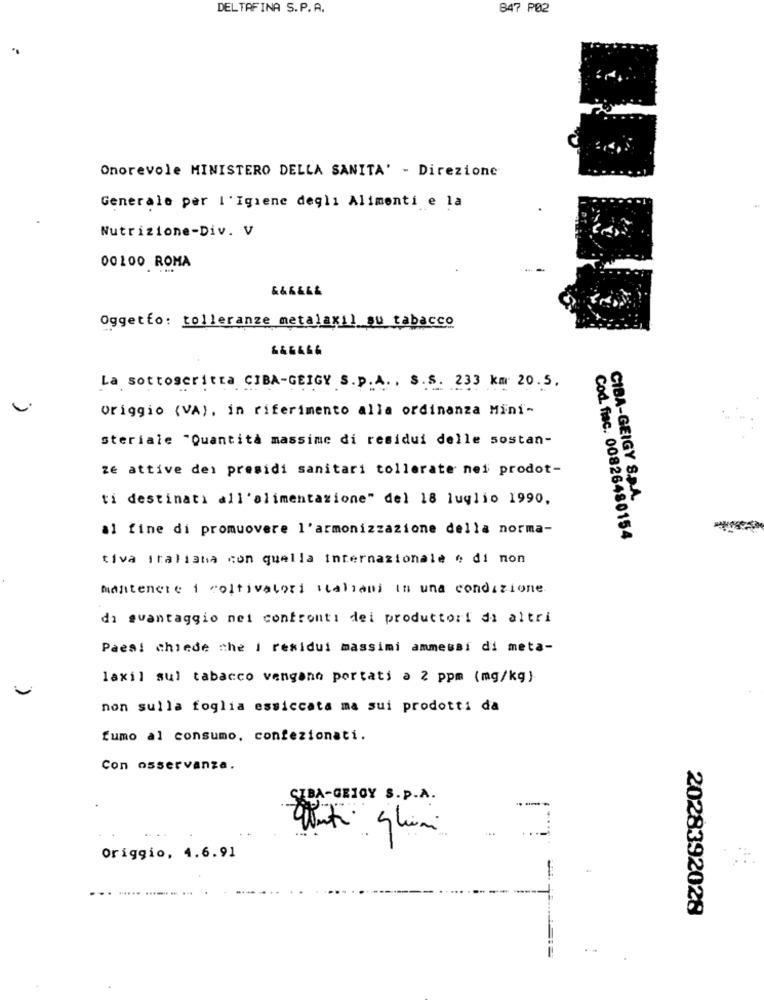
DELTAFINA S.P.A.
847 ₽02
Onorevole MINISTERO DELLA SANITA' - Direzione
Generale per l'Igiene degli Alimenti e la
Nutrizione-Div. V
00100 ROMA
&&&&&&
Oggetto: tolleranze metalaxil su tabacco
La sottoscritta CIBA-GEIGY S.p.A ., S.S. 233 km 20.5.
origgio (VA), in riferimento alla ordinanza Mini-
steriale "Quantità massime di residui delle sostan-
zé attive dei presidi sanitari tollerate nei prodot-
ti destinati all'alimentazione" del 18 luglio 1990,
CIBA-GEIGY S.p.A.
al fine di promuovere l'armonizzazione della norma-
Cod. fisc. 00826480154
tiva italiana con quella internazionale e di non
mantenete i coltivatori italiani in una condizione
di svantaggio nei confronti dei produttori di altri
Paesi chiede che I residui massimi ammessi di meta-
laxil sul tabacco vengano portati a 2 ppm (mg/kg)
non sulla foglia essiccata ma sui prodotti da
fumo al consumo, confezionati.
Con osservanza.
CIBA-GEIGY S.p.A.
Origgio, 4.6.91
2028392028